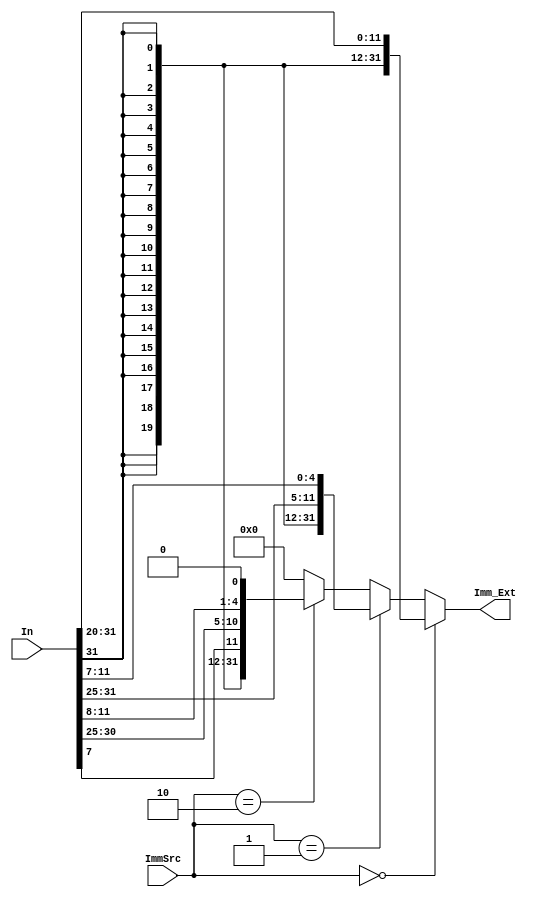
`timescale 1ns / 1ps
//////////////////////////////////////////////////////////////////////////////////
// Company: 
// Engineer: 
// 
// Design Name: 
// Module Name: Extend
// Project Name: 
// Target Devices: 
// Tool Versions: 
// Description: 
// 
// Dependencies: 
// 
// Revision:
// Revision 0.01 - File Created
// Additional Comments:
// 
//////////////////////////////////////////////////////////////////////////////////


module Extend(
    input [31:0] In,
    input [1:0] ImmSrc,
    output [31:0] Imm_Ext
    );
    
    assign Imm_Ext =  (ImmSrc == 2'b00) ? {{20{In[31]}},In[31:20]} : 
                      (ImmSrc == 2'b01) ? {{20{In[31]}},In[31:25],In[11:7]} :
                      (ImmSrc == 2'b10) ? {{20{In[31]}},In[7],In[30:25],In[11:8],1'b0} : 32'h0; 
endmodule